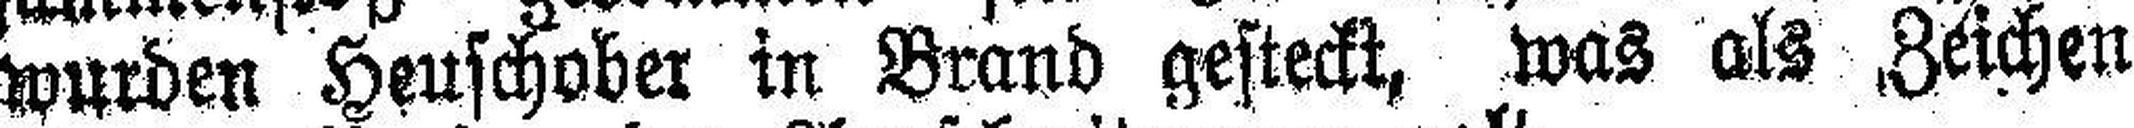
wurden Heuschober in Brand gesteckt, was als Zeichen